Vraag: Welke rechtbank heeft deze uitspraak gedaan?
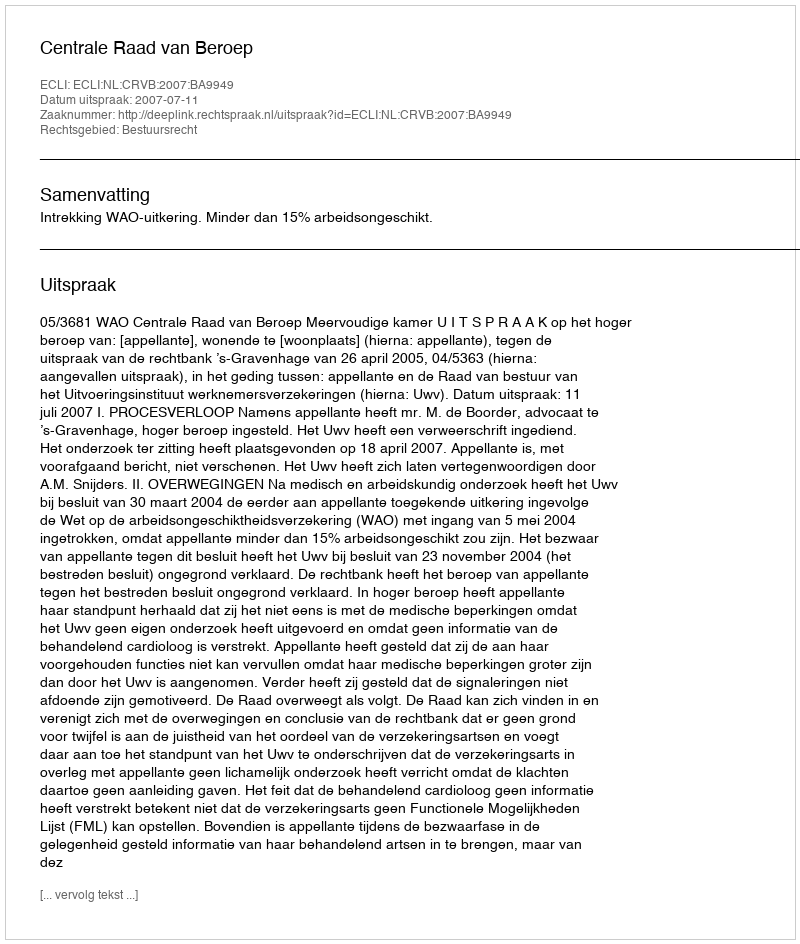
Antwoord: Centrale Raad van Beroep